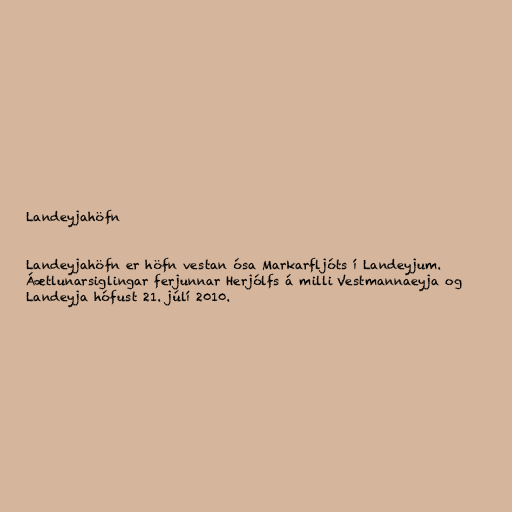
Landeyjahöfn

Landeyjahöfn er höfn vestan ósa Markarfljóts í Landeyjum.
Áætlunarsiglingar ferjunnar Herjólfs á milli Vestmannaeyja og
Landeyja hófust 21. júlí 2010.